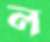
ল